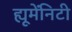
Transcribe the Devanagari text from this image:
ह्यूमेंनिटी